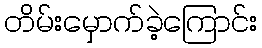
တိမ်းမှောက်ခဲ့ကြောင်း